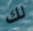
لك